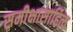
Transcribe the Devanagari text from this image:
समीक्षासाहित्य